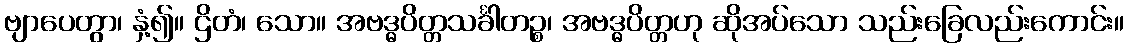
ဗျာပေတွာ၊ နှံ့၍။ ဌိတံ၊ သော။ အဗဒ္ဓပိတ္တသင်္ခါတဉ္စ၊ အဗဒ္ဓပိတ္တဟု ဆိုအပ်သော သည်းခြေလည်းကောင်း။